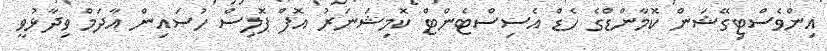
އިންވެސްޓިގޭޝަން ކޮމާންޑްގެ ހެޑް އެސިސްޓެންޓް ކޮމިޝަނަރު އޮފް ޕޮލިސް ހުސައިން އާދަމް ވިދާޅުވީ